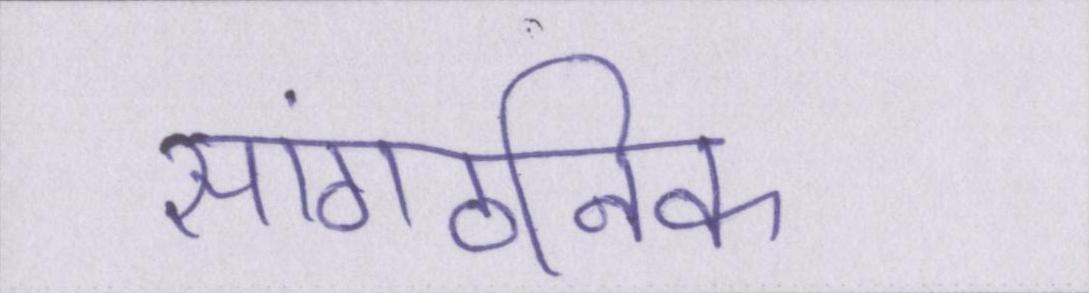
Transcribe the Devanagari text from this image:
सांगठनिक